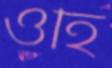
ওহি